画像に写った文字を読んでください
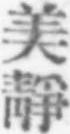
「美靜」と書いてあります